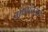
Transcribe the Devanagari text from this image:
मध्यंतराचे